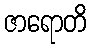
ဇာရောတိ